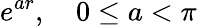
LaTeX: e^{ar},\quad 0\leq a<\pi